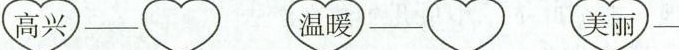
高兴 温暖 美丽